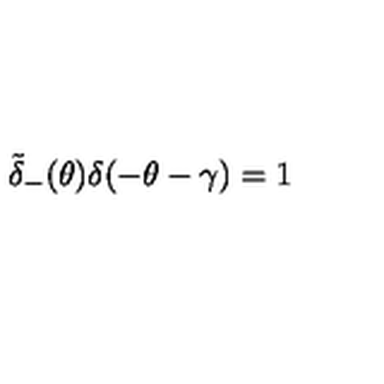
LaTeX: \tilde { \delta } _ { - } ( \theta ) \delta ( - \theta - \gamma ) = 1